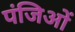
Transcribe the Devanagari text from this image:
पंजिओं